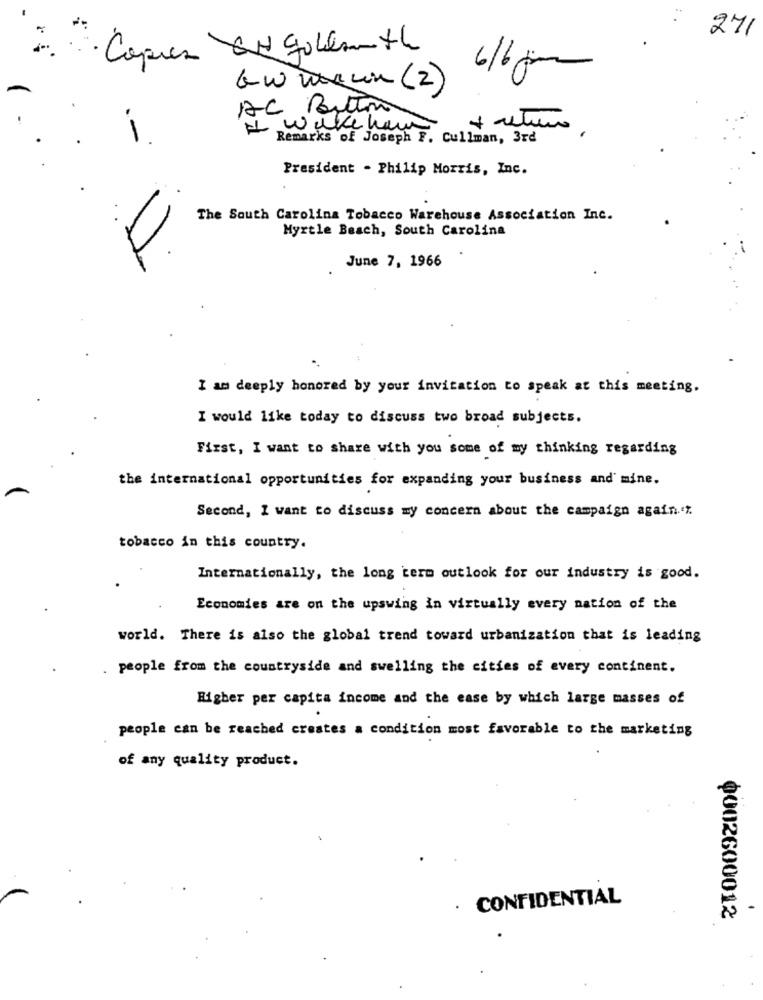
271
Copies EN Gullearnthe
6/6 pm
Gw warun (2)
AC ButTin
I wake how
1.
Remarks of Joseph F. Cullman, 3rd
President - Philip Morris, Inc.
The South Carolina Tobacco Warehouse Association Inc.
Myrtle Beach, South Carolina
June 7, 1966
I am deeply honored by your invitation to speak at this meeting.
I would like today to discuss two broad subjects.
First, I want to share with you some of my thinking regarding
the international opportunities for expanding your business and' mine.
Second, I want to discuss my concern about the campaign again. "
tobacco in this country.
Internationally, the long term outlook for our industry is good.
Economies are on the upswing in virtually every nation of the
world. There is also the global trend toward urbanization that is leading
. people from the countryside and swelling the cities of every continent.
Higher per capita income and the ease by which large masses of
people can be reached creates a condition most favorable to the marketing
of any quality product.
· CONFIDENTIAL
0002600012